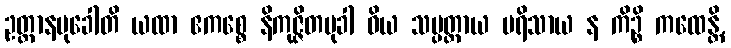
ဥတ္တာနမုခေါတိ ယထာ ဧကစ္စေ နိကုဇ္ဇိတမုခါ ဝိယ သမ္ပတ္တာယ ပရိသာယ န ကိဉ္စိ ကထေန္တိ,